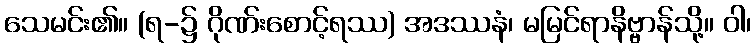
သေမင်း၏။ (ရ-၌ ဂိုဏ်းစောင့်ရဿ) အဒဿနံ၊ မမြင်ရာနိဗ္ဗာန်သို့။ ဝါ၊